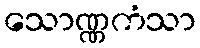
သောဏ္ဏကံသာ